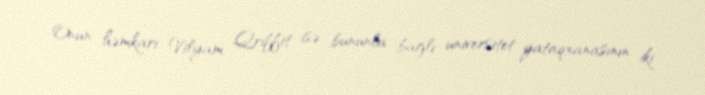
Onun həmkarı Vilyam Qriffit isə bununla bağlı universitet yataqxanasının iki